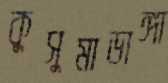
কুসুমাডাঙ্গা